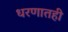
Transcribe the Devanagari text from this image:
धरणातही